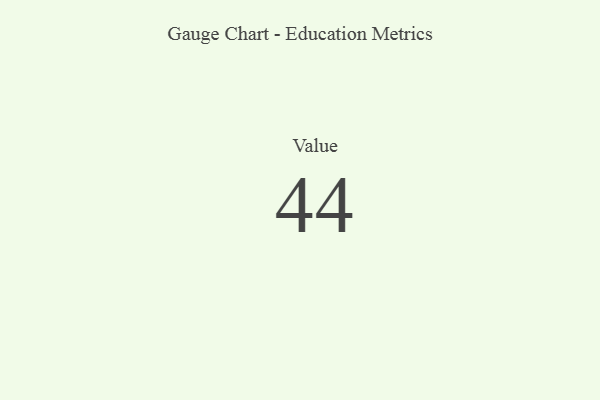
{"axis": {"x": "Metric", "y": "Value"}, "legend": [""], "data": [{"x": "Value", "y": 44, "type": ""}]}